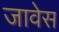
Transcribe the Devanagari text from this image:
जावेस